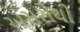
અસરોથી